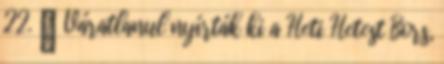
22. ↑ Váratlanul nyírták ki a Heti Hetest Bors,